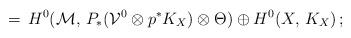
LaTeX: \begin{align*}=\,H^0({\mathcal M},\, P_*({\mathcal V}^0\otimes p^*K_X)\otimes\Theta)\oplus H^0(X,\, K_X)\, ;\end{align*}